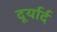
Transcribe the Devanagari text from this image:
दूर्यार्द